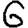
Digit: 6